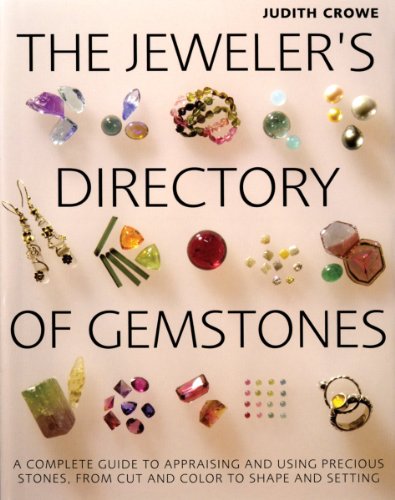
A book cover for The Jeweler's Directory of Gemstones: A Complete Guide to Appraising and Using Precious Stones From Cut and Color to Shape and Settings; Judith Crowe; Crafts, Hobbies & Home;